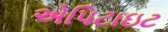
એપિટાઇટ